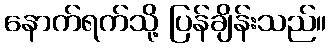
နောက်ရက်သို့ ပြန်ချိန်းသည်။